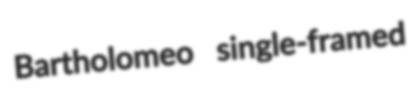
Bartholomeo single-framed